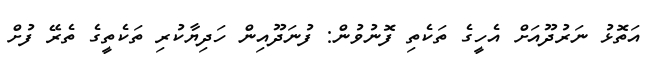
އަތޮޅު ނަރުދޫއަށް އެހީގެ ތަކެތި ފޮނުވުން: ފުނަދޫއިން ހަދިޔާކުރި ތަކެތީގެ ތެރޭ ފުށް